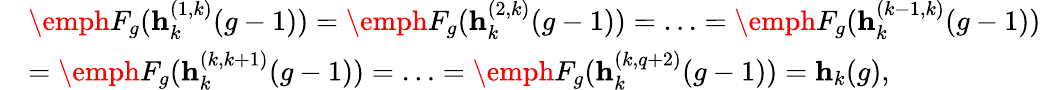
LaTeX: \begin{array}{rl}&{\emph{F}_{g}(\textbf{h}_{k}^{(1,k)}(g-1))=\emph{F}_{g}(\textbf{h}_{k}^{(2,k)}(g-1))=\ldots=\emph{F}_{g}(\textbf{h}_{k}^{(k-1,k)}(g-1))}\\ &{=\emph{F}_{g}(\textbf{h}_{k}^{(k,k+1)}(g-1))=\ldots=\emph{F}_{g}(\textbf{h}_{k}^{(k,q+2)}(g-1))=\textbf{h}_{k}(g),}\end{array}